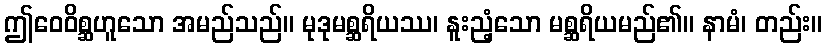
ဤဝေဝိစ္ဆဟူသော အမည်သည်။ မုဒုမစ္ဆရိယဿ၊ နူးညံ့သော မစ္ဆရိယမည်၏။ နာမံ၊ တည်း။